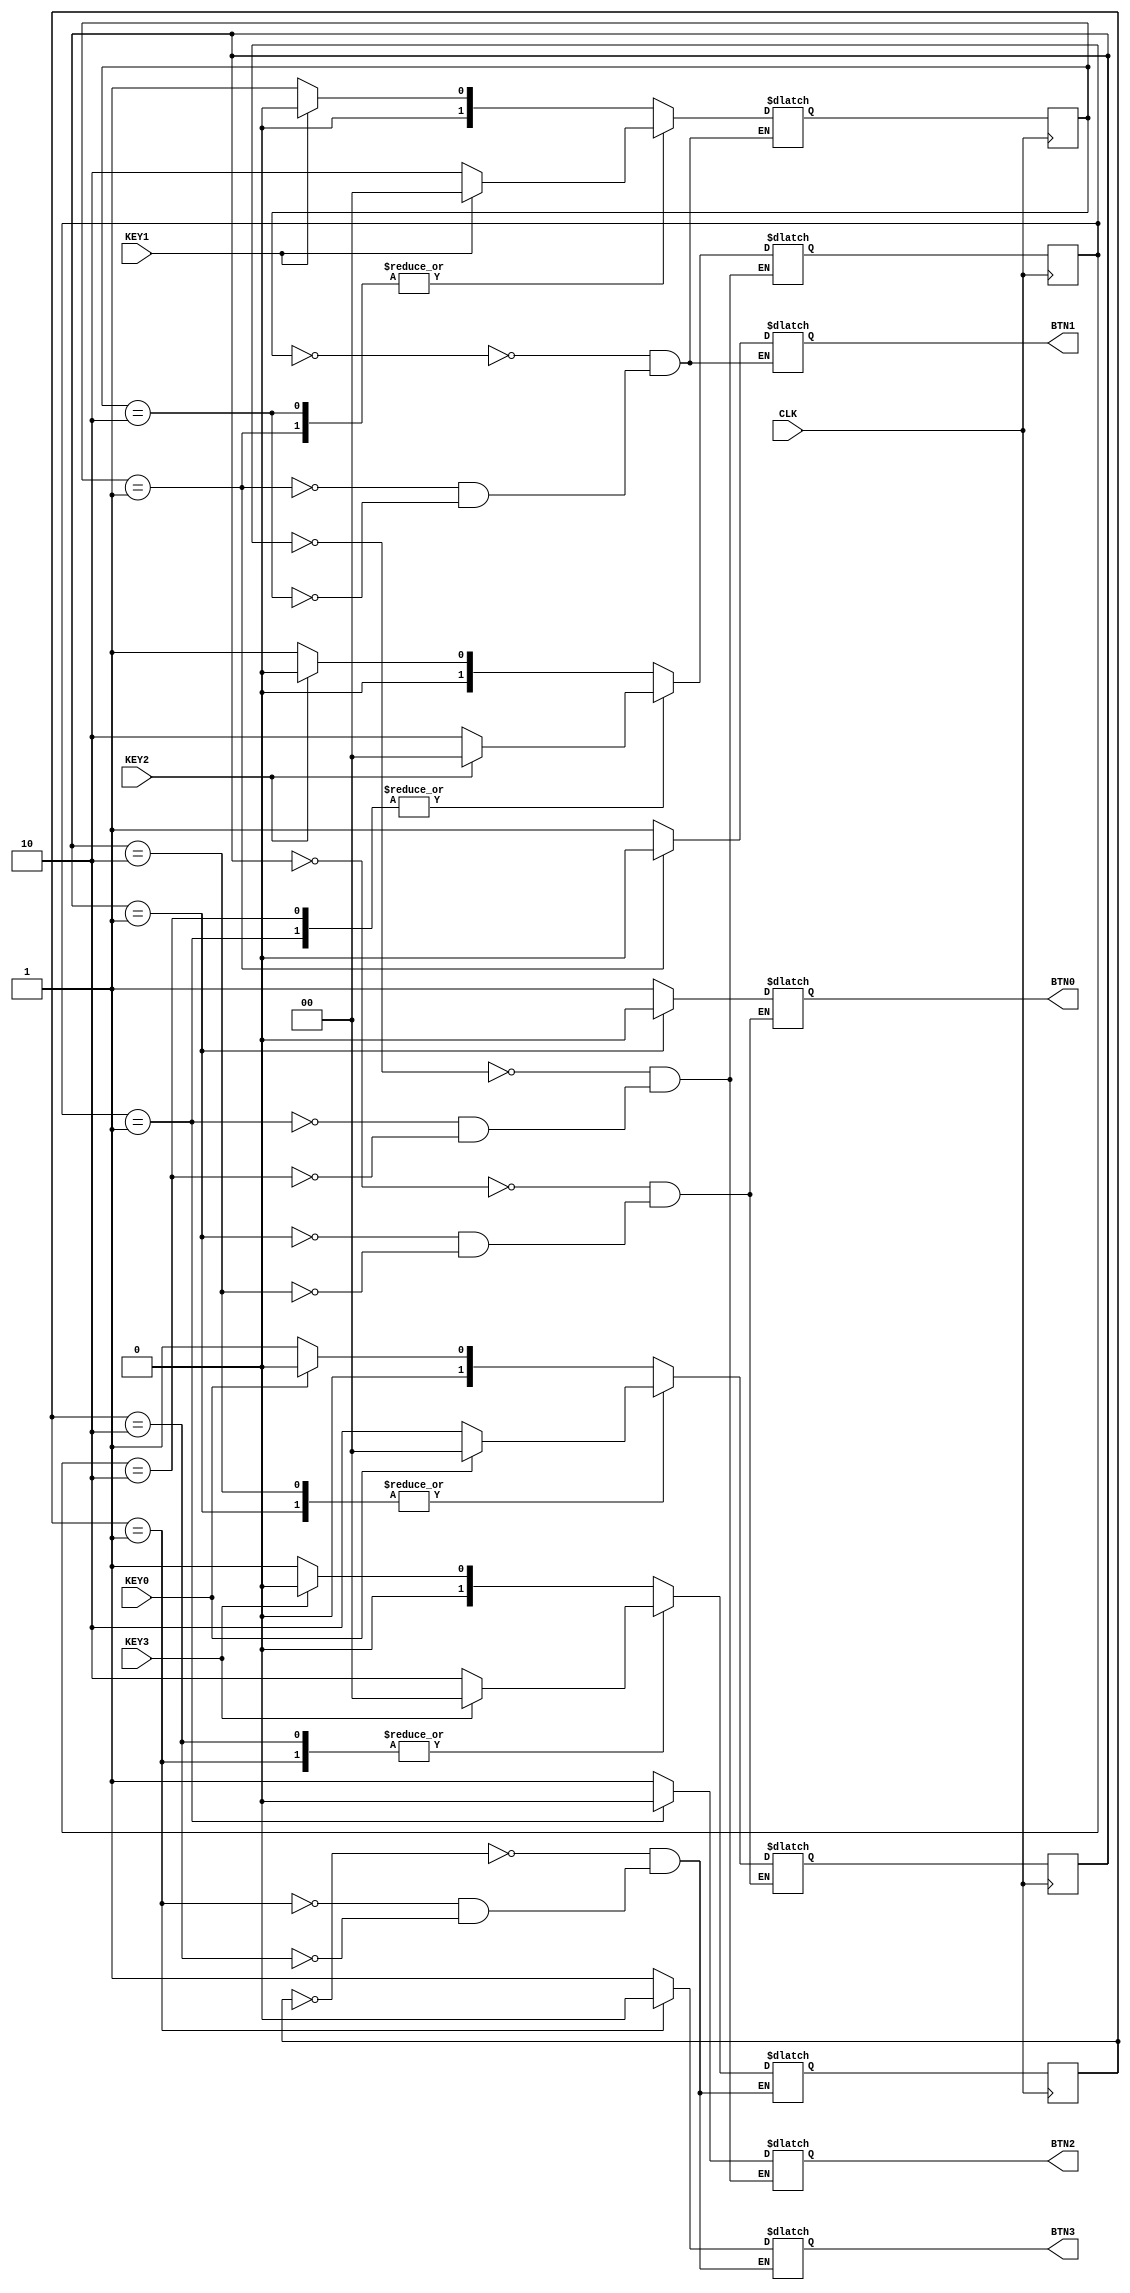
// Button Press Synchronizer para keys que so ativas baixas (ou seja, quando pressionadas vao para nivel baixo)

module ButtonSync (
	KEY0, KEY1, KEY2, KEY3, CLK,
	BTN0, BTN1, BTN2, BTN3

);

input wire  KEY0, KEY1, KEY2, KEY3, CLK;
output reg	BTN0, BTN1, BTN2, BTN3;

reg [1:0] btn0state, btn1state, btn2state, btn3state;
reg [1:0] btn0next, btn1next, btn2next, btn3next;
		
localparam EsperaApertar = 2'b00, SaidaAtiva = 2'b01, EsperaSoltar = 2'b10;

// NAO CONVENCINAL
initial begin
	btn0state <= EsperaApertar; btn1state <= EsperaApertar; btn2state <= EsperaApertar; btn3state <= EsperaApertar;
	btn0next <= EsperaApertar; btn1next <= EsperaApertar; btn2next <= EsperaApertar; btn3next <= EsperaApertar; 
end
		
always@(posedge CLK)
begin
	btn0state <= btn0next;
	btn1state <= btn1next;
	btn2state <= btn2next;
	btn3state <= btn3next;
end


always @ (KEY0 or btn0state) begin
	case (btn0state)
		EsperaApertar: begin
			if (KEY0 == 0) btn0next <= SaidaAtiva; 
			else	btn0next <= EsperaApertar;
		end
		
		SaidaAtiva:begin
			if (KEY0 == 0) btn0next <= EsperaSoltar; 
			else btn0next <= EsperaApertar; 
		end
			
		EsperaSoltar:begin
			if (KEY0 == 0) btn0next <= EsperaSoltar;	
			else btn0next <= EsperaApertar;
		end		
	endcase
end	

always @ (btn0state) begin
	case (btn0state)
		EsperaApertar:
			BTN0 <= 1'b1;
		SaidaAtiva:
			BTN0 <= 1'b0;
		EsperaSoltar:
			BTN0 <= 1'b1;
	endcase
end	

always @ (KEY1 or btn1state) begin
	case (btn1state)
		EsperaApertar: begin
			if (KEY1 == 0) btn1next <= SaidaAtiva; 
			else	btn1next <= EsperaApertar;
		end
		
		SaidaAtiva:begin
			if (KEY1 == 0) btn1next <= EsperaSoltar; 
			else btn1next <= EsperaApertar; 
		end
			
		EsperaSoltar:begin
			if (KEY1 == 0) btn1next <= EsperaSoltar;	
			else btn1next <= EsperaApertar;
		end		
	endcase
end	

always @ (btn1state) begin
	case (btn1state)
		EsperaApertar:
			BTN1 <= 1'b1;
		SaidaAtiva:
			BTN1 <= 1'b0;
		EsperaSoltar:
			BTN1 <= 1'b1;
	endcase
end

always @ (KEY2 or btn2state) begin
	case (btn2state)
		EsperaApertar: begin
			if (KEY2 == 0) btn2next <= SaidaAtiva; 
			else	btn2next <= EsperaApertar;
		end
		
		SaidaAtiva:begin
			if (KEY2 == 0) btn2next <= EsperaSoltar; 
			else btn2next <= EsperaApertar; 
		end
			
		EsperaSoltar:begin
			if (KEY2 == 0) btn2next <= EsperaSoltar;	
			else btn2next <= EsperaApertar;
		end		
	endcase
end	

always @ (btn2state) begin
	case (btn2state)
		EsperaApertar:
			BTN2 <= 1'b1;
		SaidaAtiva:
			BTN2 <= 1'b0;
		EsperaSoltar:
			BTN2 <= 1'b1;
	endcase
end


always @ (KEY3 or btn3state) begin
	case (btn3state)
		EsperaApertar: begin
			if (KEY3 == 0) btn3next <= SaidaAtiva; 
			else	btn3next <= EsperaApertar;
		end
		
		SaidaAtiva:begin
			if (KEY3 == 0) btn3next <= EsperaSoltar; 
			else btn3next <= EsperaApertar; 
		end
			
		EsperaSoltar:begin
			if (KEY3 == 0) btn3next <= EsperaSoltar;	
			else btn3next <= EsperaApertar;
		end		
	endcase
end	

always @ (btn3state) begin
	case (btn3state)
		EsperaApertar:
			BTN3 <= 1'b1;
		SaidaAtiva:
			BTN3 <= 1'b0;
		EsperaSoltar:
			BTN3 <= 1'b1;
	endcase
end

endmodule